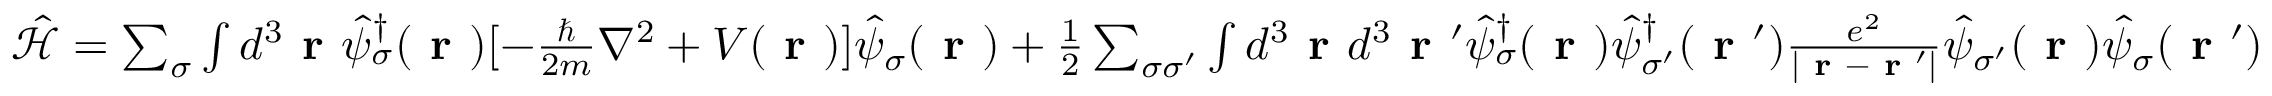
\begin{array} { r } { \hat { \mathcal { H } } = \sum _ { \sigma } \int d ^ { 3 } \textbf { r } \hat { \psi } _ { \sigma } ^ { \dagger } ( \textbf { r } ) [ - \frac { \hbar } { 2 m } \nabla ^ { 2 } + V ( \textbf { r } ) ] \hat { \psi } _ { \sigma } ( \textbf { r } ) + \frac { 1 } { 2 } \sum _ { \sigma { \sigma } ^ { \prime } } \int d ^ { 3 } \textbf { r } d ^ { 3 } { \textbf { r } } ^ { \prime } \hat { \psi } _ { \sigma } ^ { \dagger } ( \textbf { r } ) \hat { \psi } _ { { \sigma } ^ { \prime } } ^ { \dagger } ( { \textbf { r } } ^ { \prime } ) \frac { e ^ { 2 } } { | \textbf { r } - { \textbf { r } } ^ { \prime } | } \hat { \psi } _ { { \sigma } ^ { \prime } } ( \textbf { r } ) \hat { \psi } _ { { \sigma } } ( { \textbf { r } } ^ { \prime } ) } \end{array}